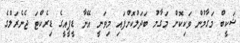
ޝަކީބް މަގާމުން ވަކިކޮށް މަގާމު ބަދަލުކޮށްފައި މިވަނީ އޭނާ ޑީޕީއީގެ ޑިރެކްޓަ ޖެނެރަލްގެ